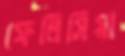
ফেলিসিয়া